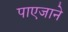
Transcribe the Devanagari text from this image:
पाएजाने